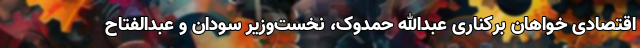
اقتصادی خواهان برکناری عبدالله حمدوک، نخست‌وزیر سودان و عبدالفتاح